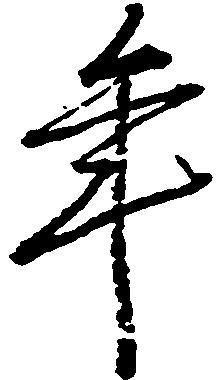
年